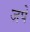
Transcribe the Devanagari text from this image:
जपें